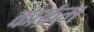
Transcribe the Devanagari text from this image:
कार्क्रम